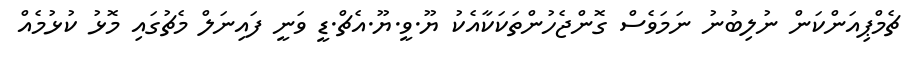
ޗެމްޕިއަންކަން ނުލިބުނު ނަމަވެސް ގޮންޖެހުންތަކަކާއެކު ޔޫ.ވީ.ޔޫ.އެޗް.ޑީ ވަނީ ފައިނަލް މެޗުގައި މޮޅު ކުޅުމެއް